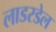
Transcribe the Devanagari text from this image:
लाडरडेल